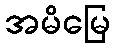
အမိမြေ